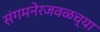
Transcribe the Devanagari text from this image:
संगमनेरजवळच्या